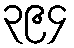
၃၉၄